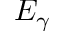
E _ { \gamma }